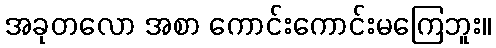
အခုတလော အစာ ကောင်းကောင်းမကြေဘူး။